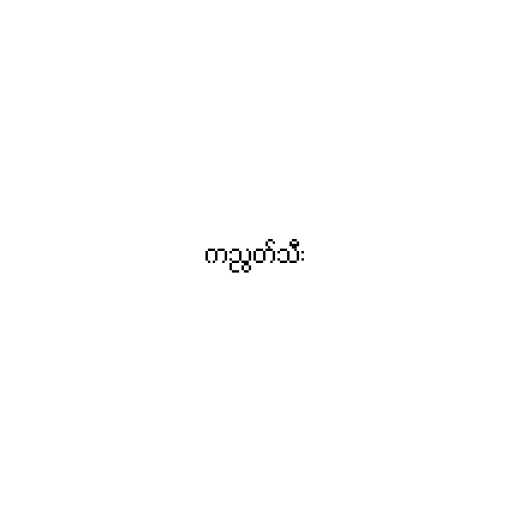
ကညွတ်သီး